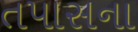
તપાસના